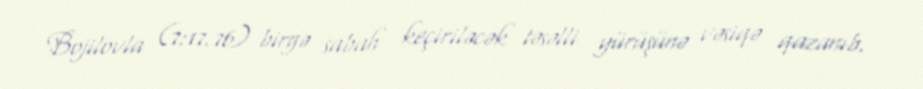
Bojilovla (7:17.76) birgə sabah keçiriləcək təsəlli yürüşünə vəsiqə qazanıb.